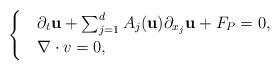
LaTeX: \begin{align*}\begin{cases}& \partial_{t} \textbf{u}+\sum_{j=1}^{d}A_{j}(\textbf{u})\partial_{x_{j}}\textbf{u}+F_{P}=0, \\& \nabla \cdot v = 0, \end{cases}\end{align*}